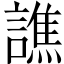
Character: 譙